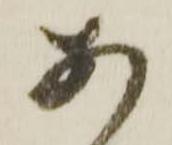
あ